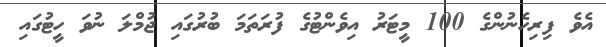
އެވެ ފިރިހެނުންގެ 100 މީޓަރު އިވެންޓުގެ ފުރަތަމަ ބުރުގައި ޖުމްލަ ނުވަ ހީޓުގައި